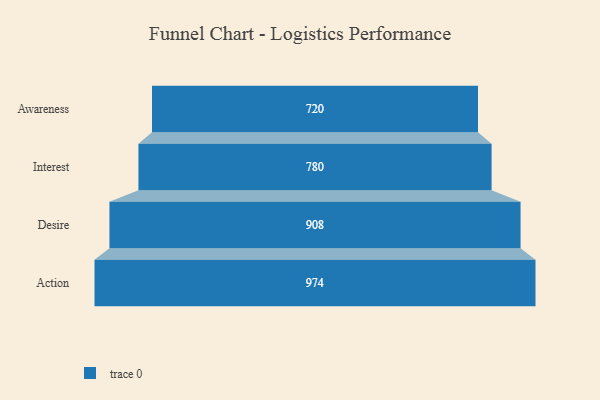
{"axis": {"x": "Stage", "y": "Value"}, "legend": [""], "data": [{"x": "Awareness", "y": 720.0, "type": ""}, {"x": "Interest", "y": 780.0, "type": ""}, {"x": "Desire", "y": 908.0, "type": ""}, {"x": "Action", "y": 974.0, "type": ""}]}